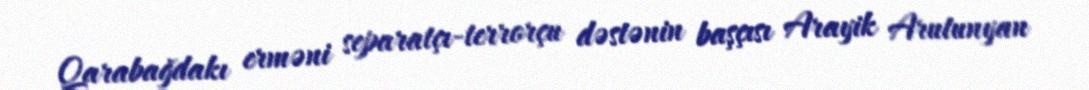
Qarabağdakı erməni separatçı-terrorçu dəstənin başçısı Arayik Arutunyan